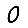
Digit: 0